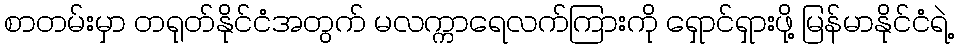
စာတမ်းမှာ တရုတ်နိုင်ငံအတွက် မလက္ကာရေလက်ကြားကို ရှောင်ရှားဖို့ မြန်မာနိုင်ငံရဲ့